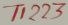
Text: T1223